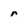
Character: r